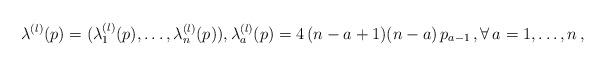
LaTeX: \begin{align*} \lambda^{(l)}(p) = (\lambda^{(l)}_1(p),\ldots,\lambda^{(l)}_n(p)),\lambda^{(l)}_a(p)=4\,(n - a + 1)(n-a)\,p_{a - 1}\,,\forall\,a=1,\ldots,n\,,\end{align*}